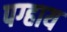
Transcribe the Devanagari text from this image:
पग्हाय